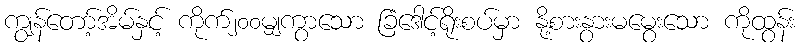
ကျွန်တော့်အိမ်နှင့် ကိုက်၂၀၀မျှကွာသော ခြံဒေါင့်ရိုးစပ်မှာ နို့စားနွားမမွေးသော ကိုထွန်း